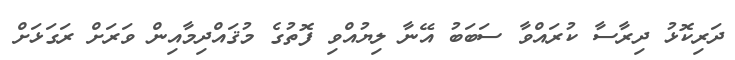
ދަރިކޮޅު ދިރާސާ ކުރައްވާ ސަބަބު އޭނާ ލިޔުއްވި ފޮތުގެ މުޤައްދިމާއިން ވަރަށް ރަގަޅަށް